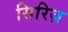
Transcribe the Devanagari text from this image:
सिरिज़